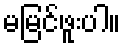
မမြင်ဖူးပါ။